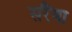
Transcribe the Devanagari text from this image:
सरैंया